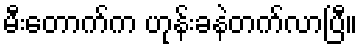
မီးတောက်က ဟုန်းခနဲတက်လာပြီ။